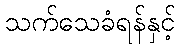
သက်သေခံရန်နှင့်